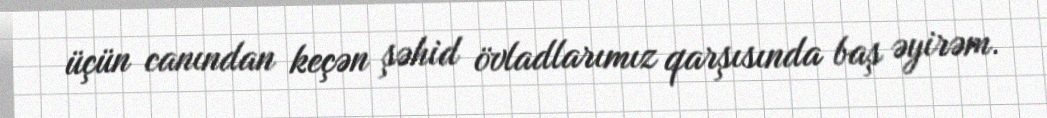
üçün canından keçən şəhid övladlarımız qarşısında baş əyirəm.